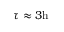
\tau \approx 3 \mathrm { h }